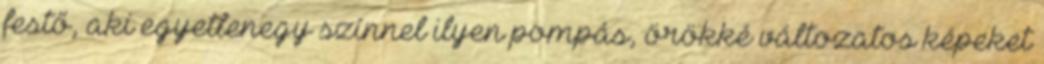
festő, aki egyetlenegy színnel ilyen pompás, örökké változatos képeket